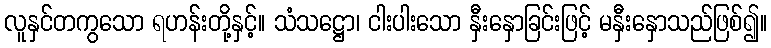
လူနှင်တကွသော ရဟန်းတို့နှင့်။ သံသဋ္ဌော၊ ငါးပါးသော နှီးနှောခြင်းဖြင့် မနှီးနှောသည်ဖြစ်၍။